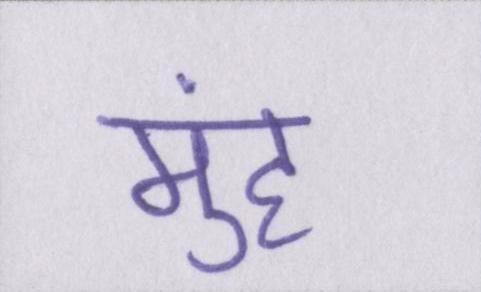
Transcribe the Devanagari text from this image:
मुंह